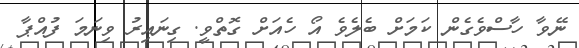
ނޭވާ ހާސްވެގެން ކަމަށް ބެލެވެ އޯ ހެއަށް ގޮތްވީ. ގިނައިރު ވިނަމަ ފުއްޕާ